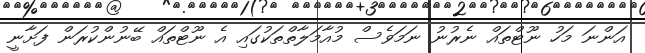
އަންނަ މަހު ނޫޓްތައް ނެރުނު ނަމަވެސް މުއާމަލާތްތަކުގައި އެ ނޫޓްތައް ބޭނުންކުރަން ފަށާނީ